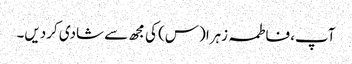
آپ، فاطمہ زہرا (س) کی مجھ سے شادی کردیں۔